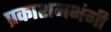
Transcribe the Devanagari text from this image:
प्रकाशनभंगी